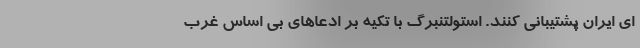
ای ایران پشتیبانی کنند. استولتنبرگ با تکیه بر ادعاهای بی اساس غرب